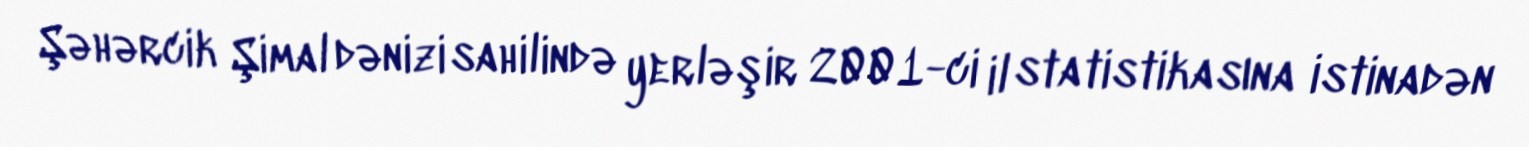
Şəhərcik Şimal dənizi sahilində yerləşir 2001-ci il statistikasına istinadən